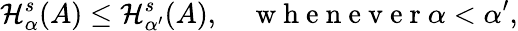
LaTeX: \mathcal{H}_{\alpha}^{s}(A)\leq\mathcal{H}_{\alpha^{\prime}}^{s}(A),\quad\mathrm{~w~h~e~n~e~v~e~r~}\alpha<\alpha^{\prime},